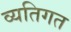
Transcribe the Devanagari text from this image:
व्यतिगत